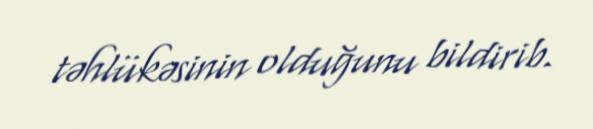
təhlükəsinin olduğunu bildirib.